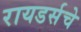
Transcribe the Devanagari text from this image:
रायडर्सचे